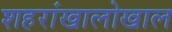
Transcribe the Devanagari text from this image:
शहरांखालोखाल